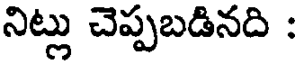
నిట్లు చెప్పబడినది :